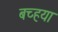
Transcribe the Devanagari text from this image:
बच्हया